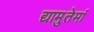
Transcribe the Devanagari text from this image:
द्यामुतेमां